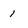
Character: 1